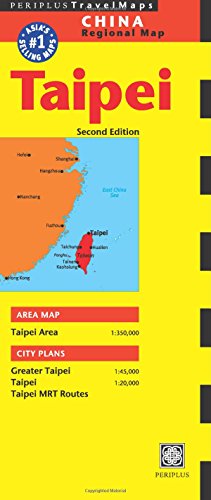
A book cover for Taipei Travel Map Second Edition (China Regional Maps); Travel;